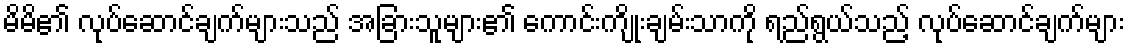
မိမိ၏ လုပ်ဆောင်ချက်များသည် အခြားသူများ၏ ကောင်းကျိုးချမ်းသာကို ရည်ရွယ်သည့် လုပ်ဆောင်ချက်များ